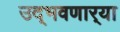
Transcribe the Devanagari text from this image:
उद्‌भवणार्‍या